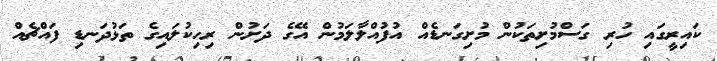
ކައިރީގައި ހުރި ގަސްމުށިތަކުން މުށިގަނޑެއް އުފުއްލާލަމުން އޭގެ ދަށުން ރިހިކުލައިގެ ތަޅުދަނޑި ފައްޗެއް